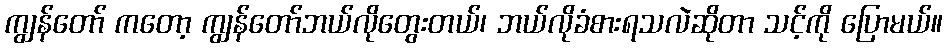
ကျွန်တော် ကတော့ ကျွန်တော်ဘယ်လိုတွေးတယ်၊ ဘယ်လိုခံစားရသလဲဆိုတာ သင့်ကို ပြောမယ်။